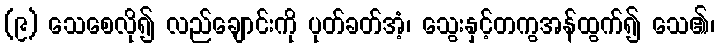
(၉) သေစေလို၍ လည်ချောင်းကို ပုတ်ခတ်အံ့၊ သွေးနှင့်တကွအန်ထွက်၍ သေ၏၊